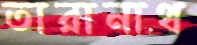
তারানাথ